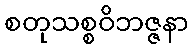
စတုသစ္စဝိဘဇ္ဇနာ